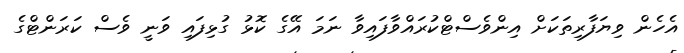
އެހެން ވިޔަފާރިތަކަށް އިންވެސްޓްކުރައްވާފައިވާ ނަމަ އޭގެ ކޮޅު ގުޅިފައި ވަނީ ވެސް ކަރަންޓްގެ